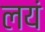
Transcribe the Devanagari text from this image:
लयं